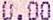
0.00